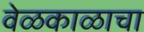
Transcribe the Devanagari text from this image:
वेळकाळाचा